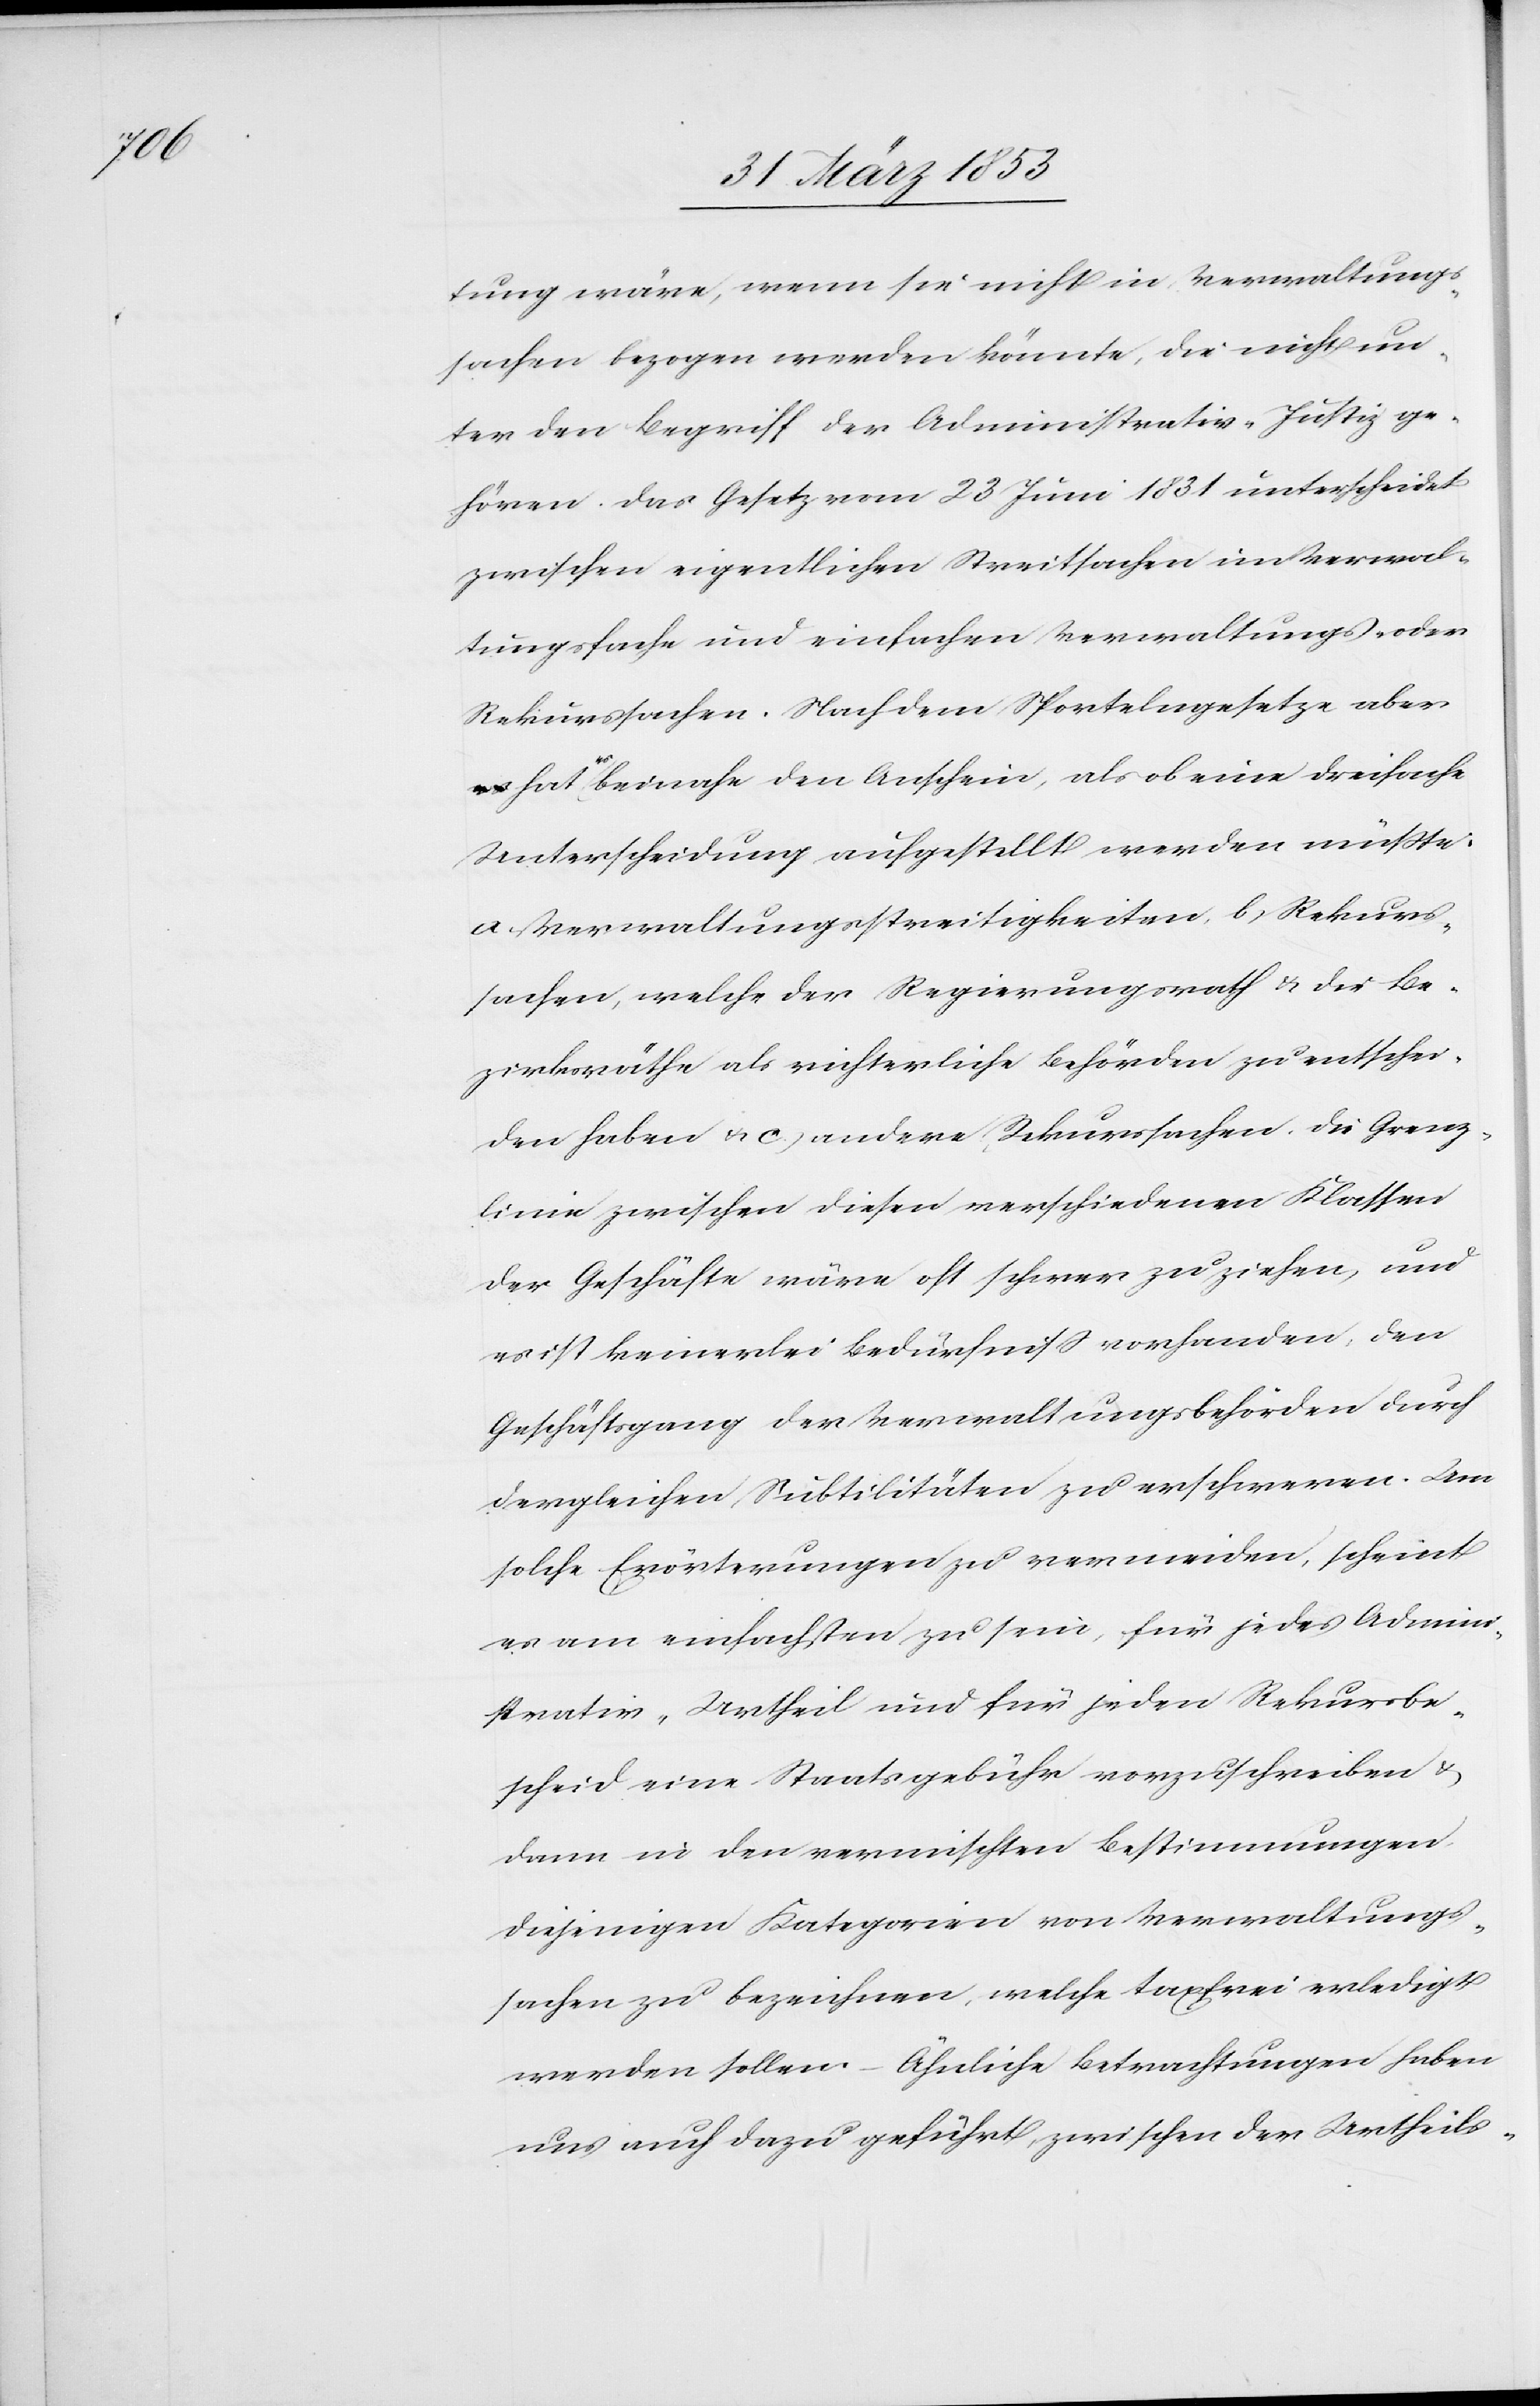
tung wäre, wenn sie nicht in Verwaltungs¬
sachen bezogen werden könnte, die nicht un¬
ter den Begriff der Administrativ-Justiz ge¬
hören. Das Gesetz vom 23 Juni 1831 unterscheidet
zwischen eigenthlichen Streitsachen im Verwal¬
tungsfache und einfachen Verwaltungs- oder
Rekurssachen. Nach dem Sportelngesetze aber
hat es beinahe den Anschein, als ob eine dreifache
Unterscheidung aufgestellt werden müßte:
a. Verwaltungsstreitigkeiten. b, Rekurs¬
sachen, welche der Regierungsrath u. die Be¬
zirksräthe als richterliche Behörden zu entschei¬
den haben u. c, andere Rekurssachen. Die Grenz¬
linie zwischen diesen verschiedenen Klassen
der Geschäfte wäre oft schwer zu ziehen, und
es ist keinerlei Bedürfniß vorhanden, den
Geschäftsgang der Verwaltungsbehörden durch
dergleichen Subtilitäten zu erschweren. Um
solche Erörterungen zu vermeiden, scheint
es am einfachsten zu sein, für jedes Admini¬
strativ-Urtheil und für jeden Rekursbe¬
scheid eine Staatsgebühr vorzuschreiben u.
dann in den vermischten Bestimmungen
diejenige Kategorie von Verwaltungs¬
sachen zu bezeichnen, welche taxfrei erledigt
werden sollen. – Ähnliche Betrachtungen haben
uns auch dazu geführt, zwischen der Urtheils-